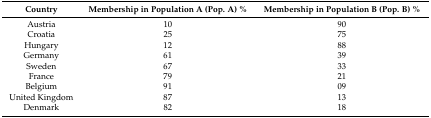
| Country | Membership in Population A (Pop. A) % | Membership in Population B (Pop. B) % |
 | --- | --- | --- |
 | Austria | 10 | 90 |
 | Croatia | 25 | 75 |
 | Hungary | 12 | 88 |
 | Germany | 61 | 39 |
 | Sweden | 67 | 33 |
 | France | 79 | 21 |
 | Belgium | 91 | 09 |
 | United Kingdom | 87 | 13 |
 | Denmark | 82 | 18 |